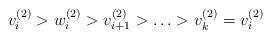
LaTeX: \begin{align*} v_i^{(2)}>w_i^{(2)}>v_{i+1}^{(2)}>\ldots>v_k^{(2)}=v_i^{(2)} \end{align*}